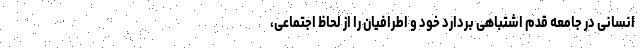
انسانی در جامعه قدم اشتباهی بردارد خود و اطرافیان را از لحاظ اجتماعی،